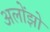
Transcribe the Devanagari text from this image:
अलोंझो